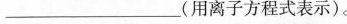
___(用离子方程式表示)。